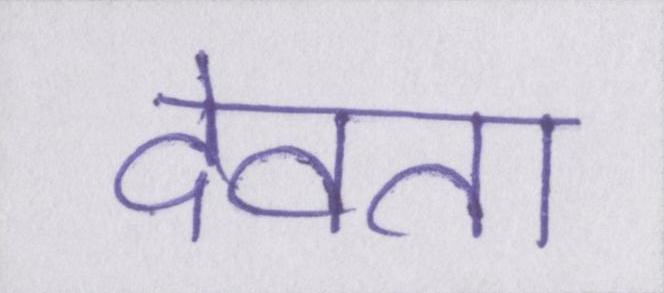
देवता